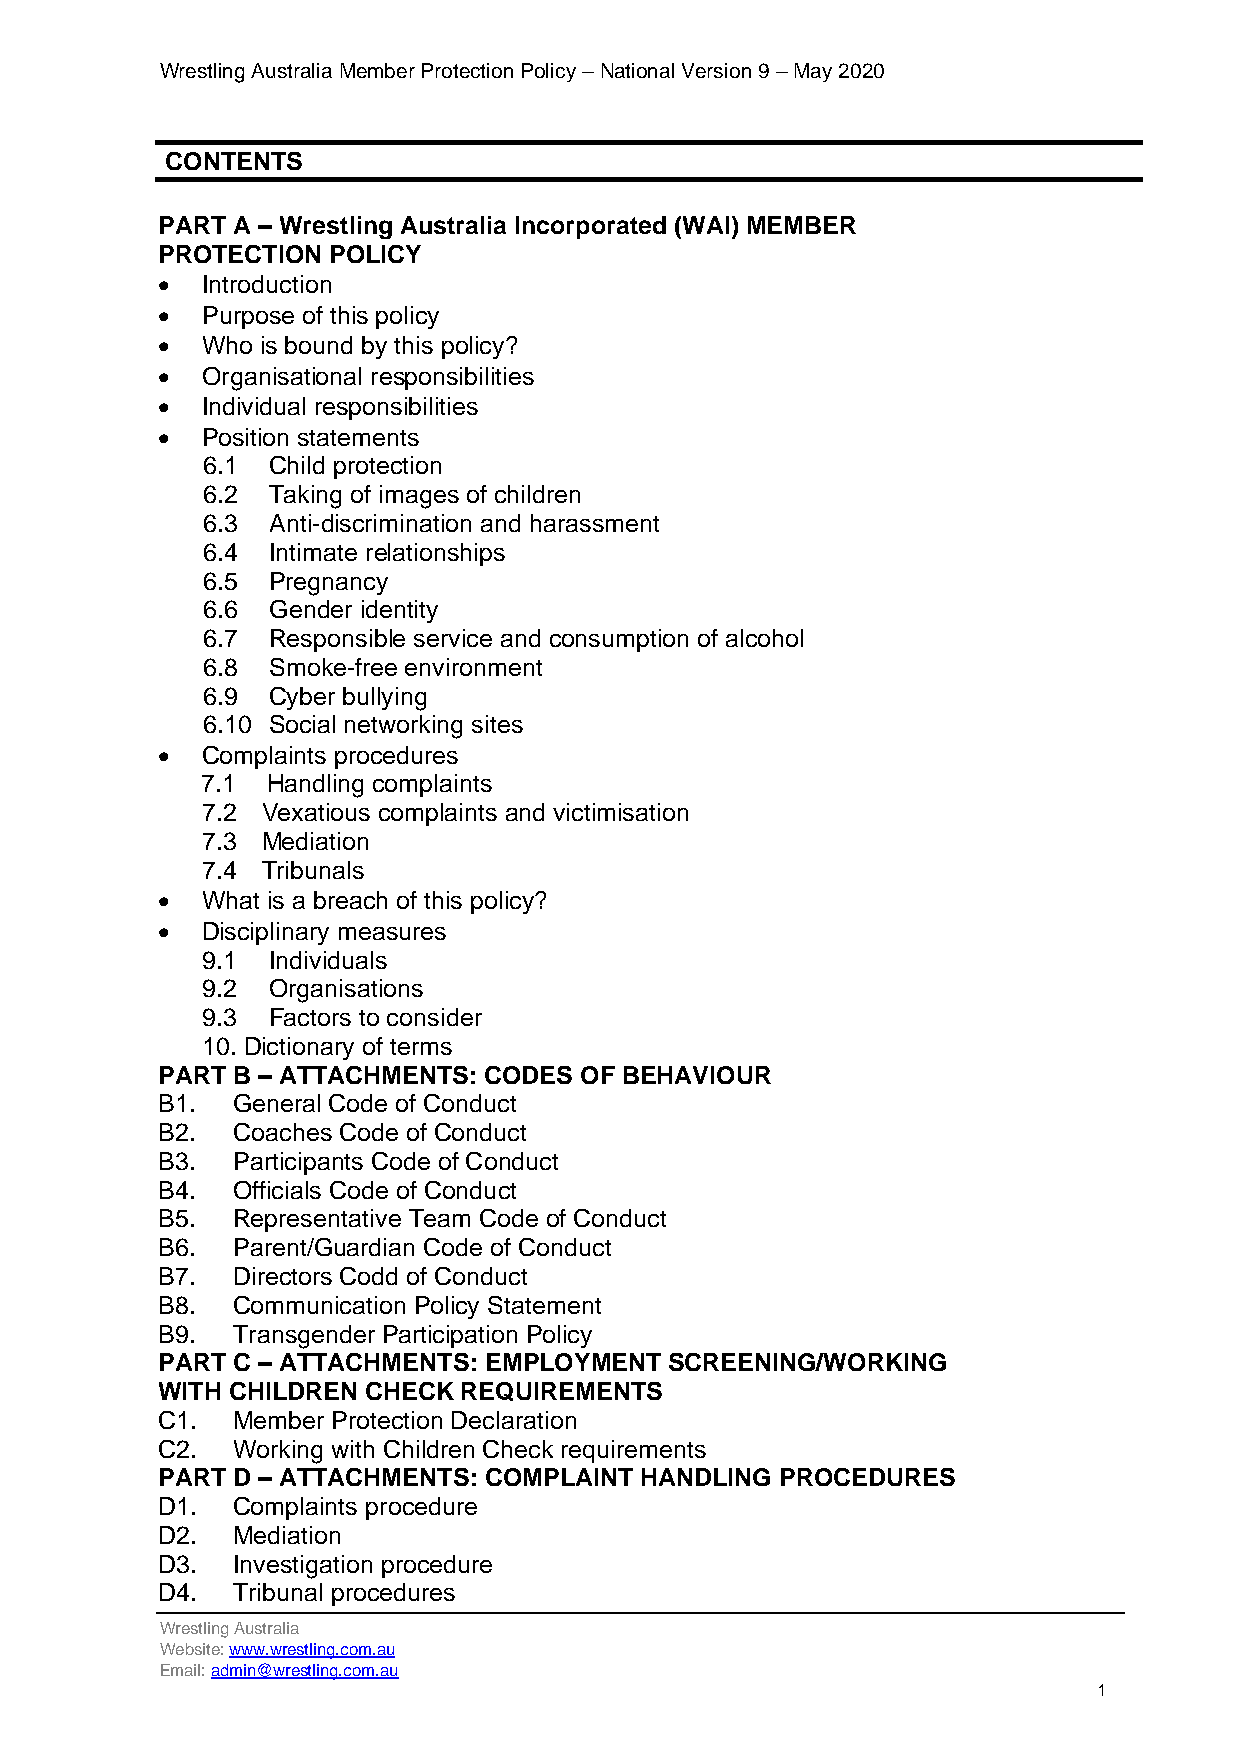
Wrestling Australia Member Protection Policy – National Version 9 – May 2020
 CONTENTS
 PART A – Wrestling Australia Incorporated (WAI) MEMBER
 PROTECTION  POLICY
 •  Introduction
 •  Purpose of this policy
 •  Who is bound by this policy?
 •  Organisational responsibilities
 •  Individual responsibilities
 •  Position statements
 6.1  Child protection
 6.2  Taking of images of children
 6.3  Anti-discrimination and harassment
 6.4  Intimate relationships
 6.5  Pregnancy
 6.6  Gender identity
 6.7  Responsible service and consumption of alcohol
 6.8  Smoke-free environment
 6.9  Cyber bullying
 6.10 Social networking sites
 •  Complaints procedures
 7.1  Handling complaints
 7.2 Vexatious complaints and victimisation
 7.3 Mediation
 7.4 Tribunals
 •  What is a breach of this policy?
 •  Disciplinary measures
 9.1  Individuals
 9.2  Organisations
 9.3  Factors to consider
 10. Dictionary of terms
 PART B – ATTACHMENTS: CODES OF BEHAVIOUR
 B1.  General Code of Conduct
 B2.  Coaches Code of Conduct
 B3.  Participants Code of Conduct
 B4.  Officials Code of Conduct
 B5.  Representative Team Code of Conduct
 B6.  Parent/Guardian Code of Conduct
 B7.  Directors Codd of Conduct
 B8.  Communication Policy Statement
 B9.  Transgender Participation Policy
 PART C – ATTACHMENTS: EMPLOYMENT  SCREENING/WORKING
 WITH CHILDREN CHECK  REQUIREMENTS
 C1.  Member Protection Declaration
 C2.  Working with Children Check requirements
 PART D – ATTACHMENTS: COMPLAINT HANDLING  PROCEDURES
 D1.  Complaints procedure
 D2.  Mediation
 D3.  Investigation procedure
 D4.  Tribunal procedures
 Wrestling Australia
 Website: www.wrestling.com.au
 Email: admin@wrestling.com.au
 1